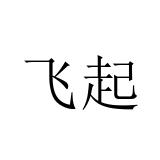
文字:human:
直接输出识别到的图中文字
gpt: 飞起